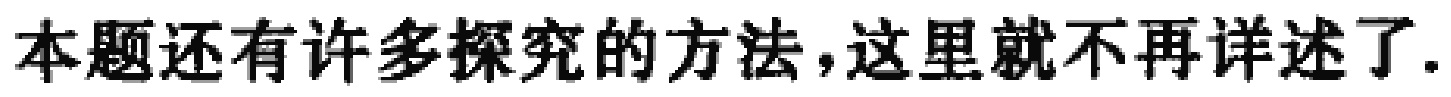
本题还有许多探究的方法，这里就不再详述了.